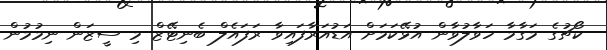
ކޯޗުގެ މަގާމާ ހަވާލުވާން އުޅޭކަމަށް އަޑުއަރާފައިވާ ރަފައެލް ބެނިޓޭޒް މި ސީޒަން ނިމުމުން